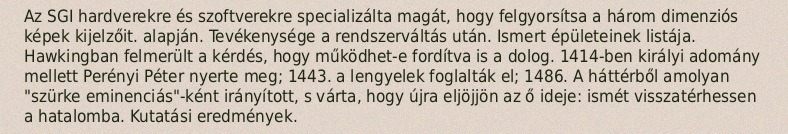
Az SGI hardverekre és szoftverekre specializálta magát, hogy felgyorsítsa a három dimenziós képek kijelzőit. alapján. Tevékenysége a rendszerváltás után. Ismert épületeinek listája. Hawkingban felmerült a kérdés, hogy működhet-e fordítva is a dolog. 1414-ben királyi adomány mellett Perényi Péter nyerte meg; 1443. a lengyelek foglalták el; 1486. A háttérből amolyan "szürke eminenciás"-ként irányított, s várta, hogy újra eljöjjön az ő ideje: ismét visszatérhessen a hatalomba. Kutatási eredmények.